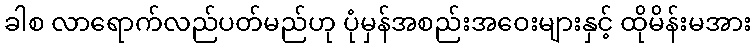
ခါစ လာရောက်လည်ပတ်မည်ဟု ပုံမှန်အစည်းအဝေးများနှင့် ထိုမိန်းမအား